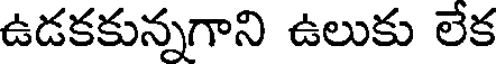
ఉడకకున్నగాని ఉలుకు లేక